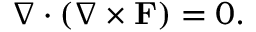
\nabla \cdot ( \nabla \times \mathbf { F } ) = 0 .